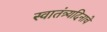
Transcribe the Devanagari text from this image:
स्वातंत्र्यदिनाचे